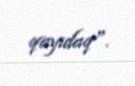
qayıdaq".